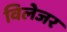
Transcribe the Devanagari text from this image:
विलेजर